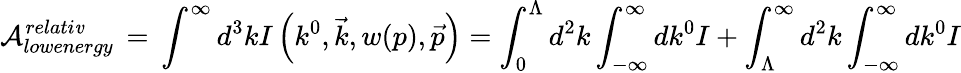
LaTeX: {\cal{A}}_{lowenergy}^{relati\mathit{v}}\, =\, \int^{\infty}d^{3}kI\left(k^{0},\vec{{k}},w(p),\vec{{p}}\right)=\int_{0}^{\Lambda}d^{2}k\int_{-\infty}^{\infty}dk^{0}I+\int_{\Lambda}^{\infty}d^{2}k\int_{-\infty}^{\infty}dk^{0}I